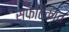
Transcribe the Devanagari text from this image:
स्फटिकांत